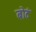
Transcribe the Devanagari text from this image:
बोटं